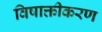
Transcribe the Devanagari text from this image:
विषाक्तीकरण